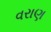
વરાણ